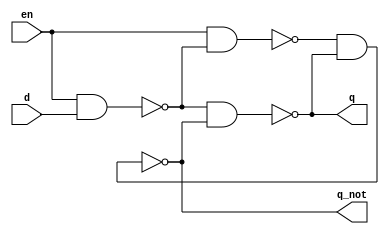
module prob_5_1c(q, q_not, en, d);
    output q, q_not;
    input en, d;

    wire w1, w2;

    nand(w1, en, d);
    nand(w2, en, w1);
    nand(q, w1, q_not);
    nand(q_not, w2, q);
endmodule

module prob_5_1c_tb;
    reg en, d;
    wire q, q_not;
    
    //Instantiate UUT
    prob_5_1c UUT(q, q_not, en, d);

    //stimulus block
    initial
        begin
            //set initial state of d latch
            en = 1'b1;
            d = 1'b1;
            #10 en = 1'b0;
            d = 1'b0;
            #10 d = d + 1'b1;
            #10 en = 1'b1;
            d = 1'b0;
            #10 d = d + 1'b1;          
        end
    initial $monitor("en = %b, d = %b, q = %b, q_not = %b", en, d, q, q_not);
endmodule